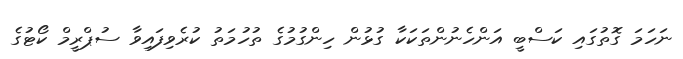
ނަހަމަ ގޮތުގައި ކަސްބީ އަންހެނުންތަކަކާ ގުޅުން ހިންގުމުގެ ތުހުމަތު ކުރެވިފައިވާ ސުޕްރީމް ކޯޓުގެ